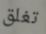
تغلق